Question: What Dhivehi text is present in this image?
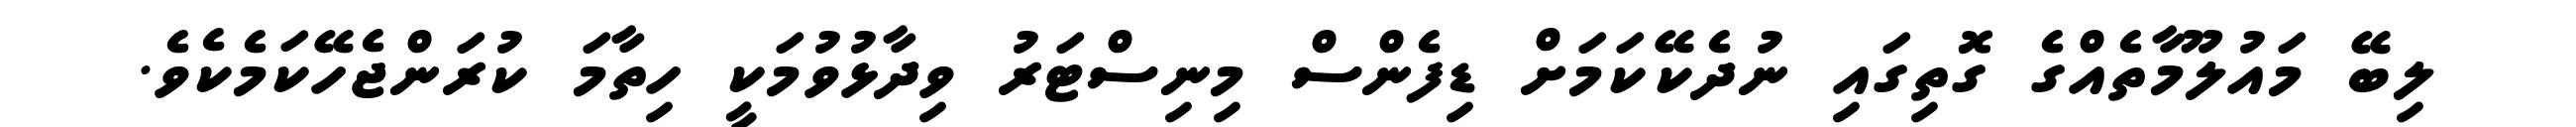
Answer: ލިބޭ މައުލޫމާތެއްގެ ގޮތިގައި ނުދެކޭކަމަށް ޑިފެންސް މިނިސްޓަރު ވިދާޅުވުމަކީ ހިތާމަ ކުރަންޖެހޭކަމެކެވެ.